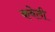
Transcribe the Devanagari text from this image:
कवेली